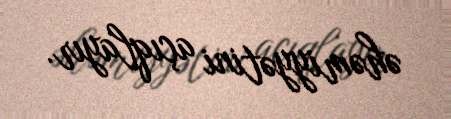
əhəmiyyətini açıqlayır.